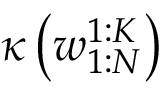
\kappa \left( w _ { 1 : N } ^ { 1 : K } \right)